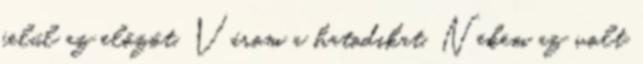
felül az előzőt. Várom a hatodikat. Nekem az volt